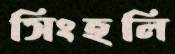
সিংহলি